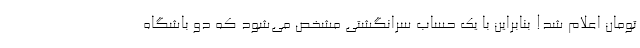
تومان اعلام شد! بنابراین با یک حساب سرانگشتی مشخص می‌شود که دو باشگاه